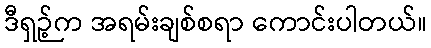
ဒီရှဉ့်က အရမ်းချစ်စရာ ကောင်းပါတယ်။